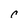
Character: c